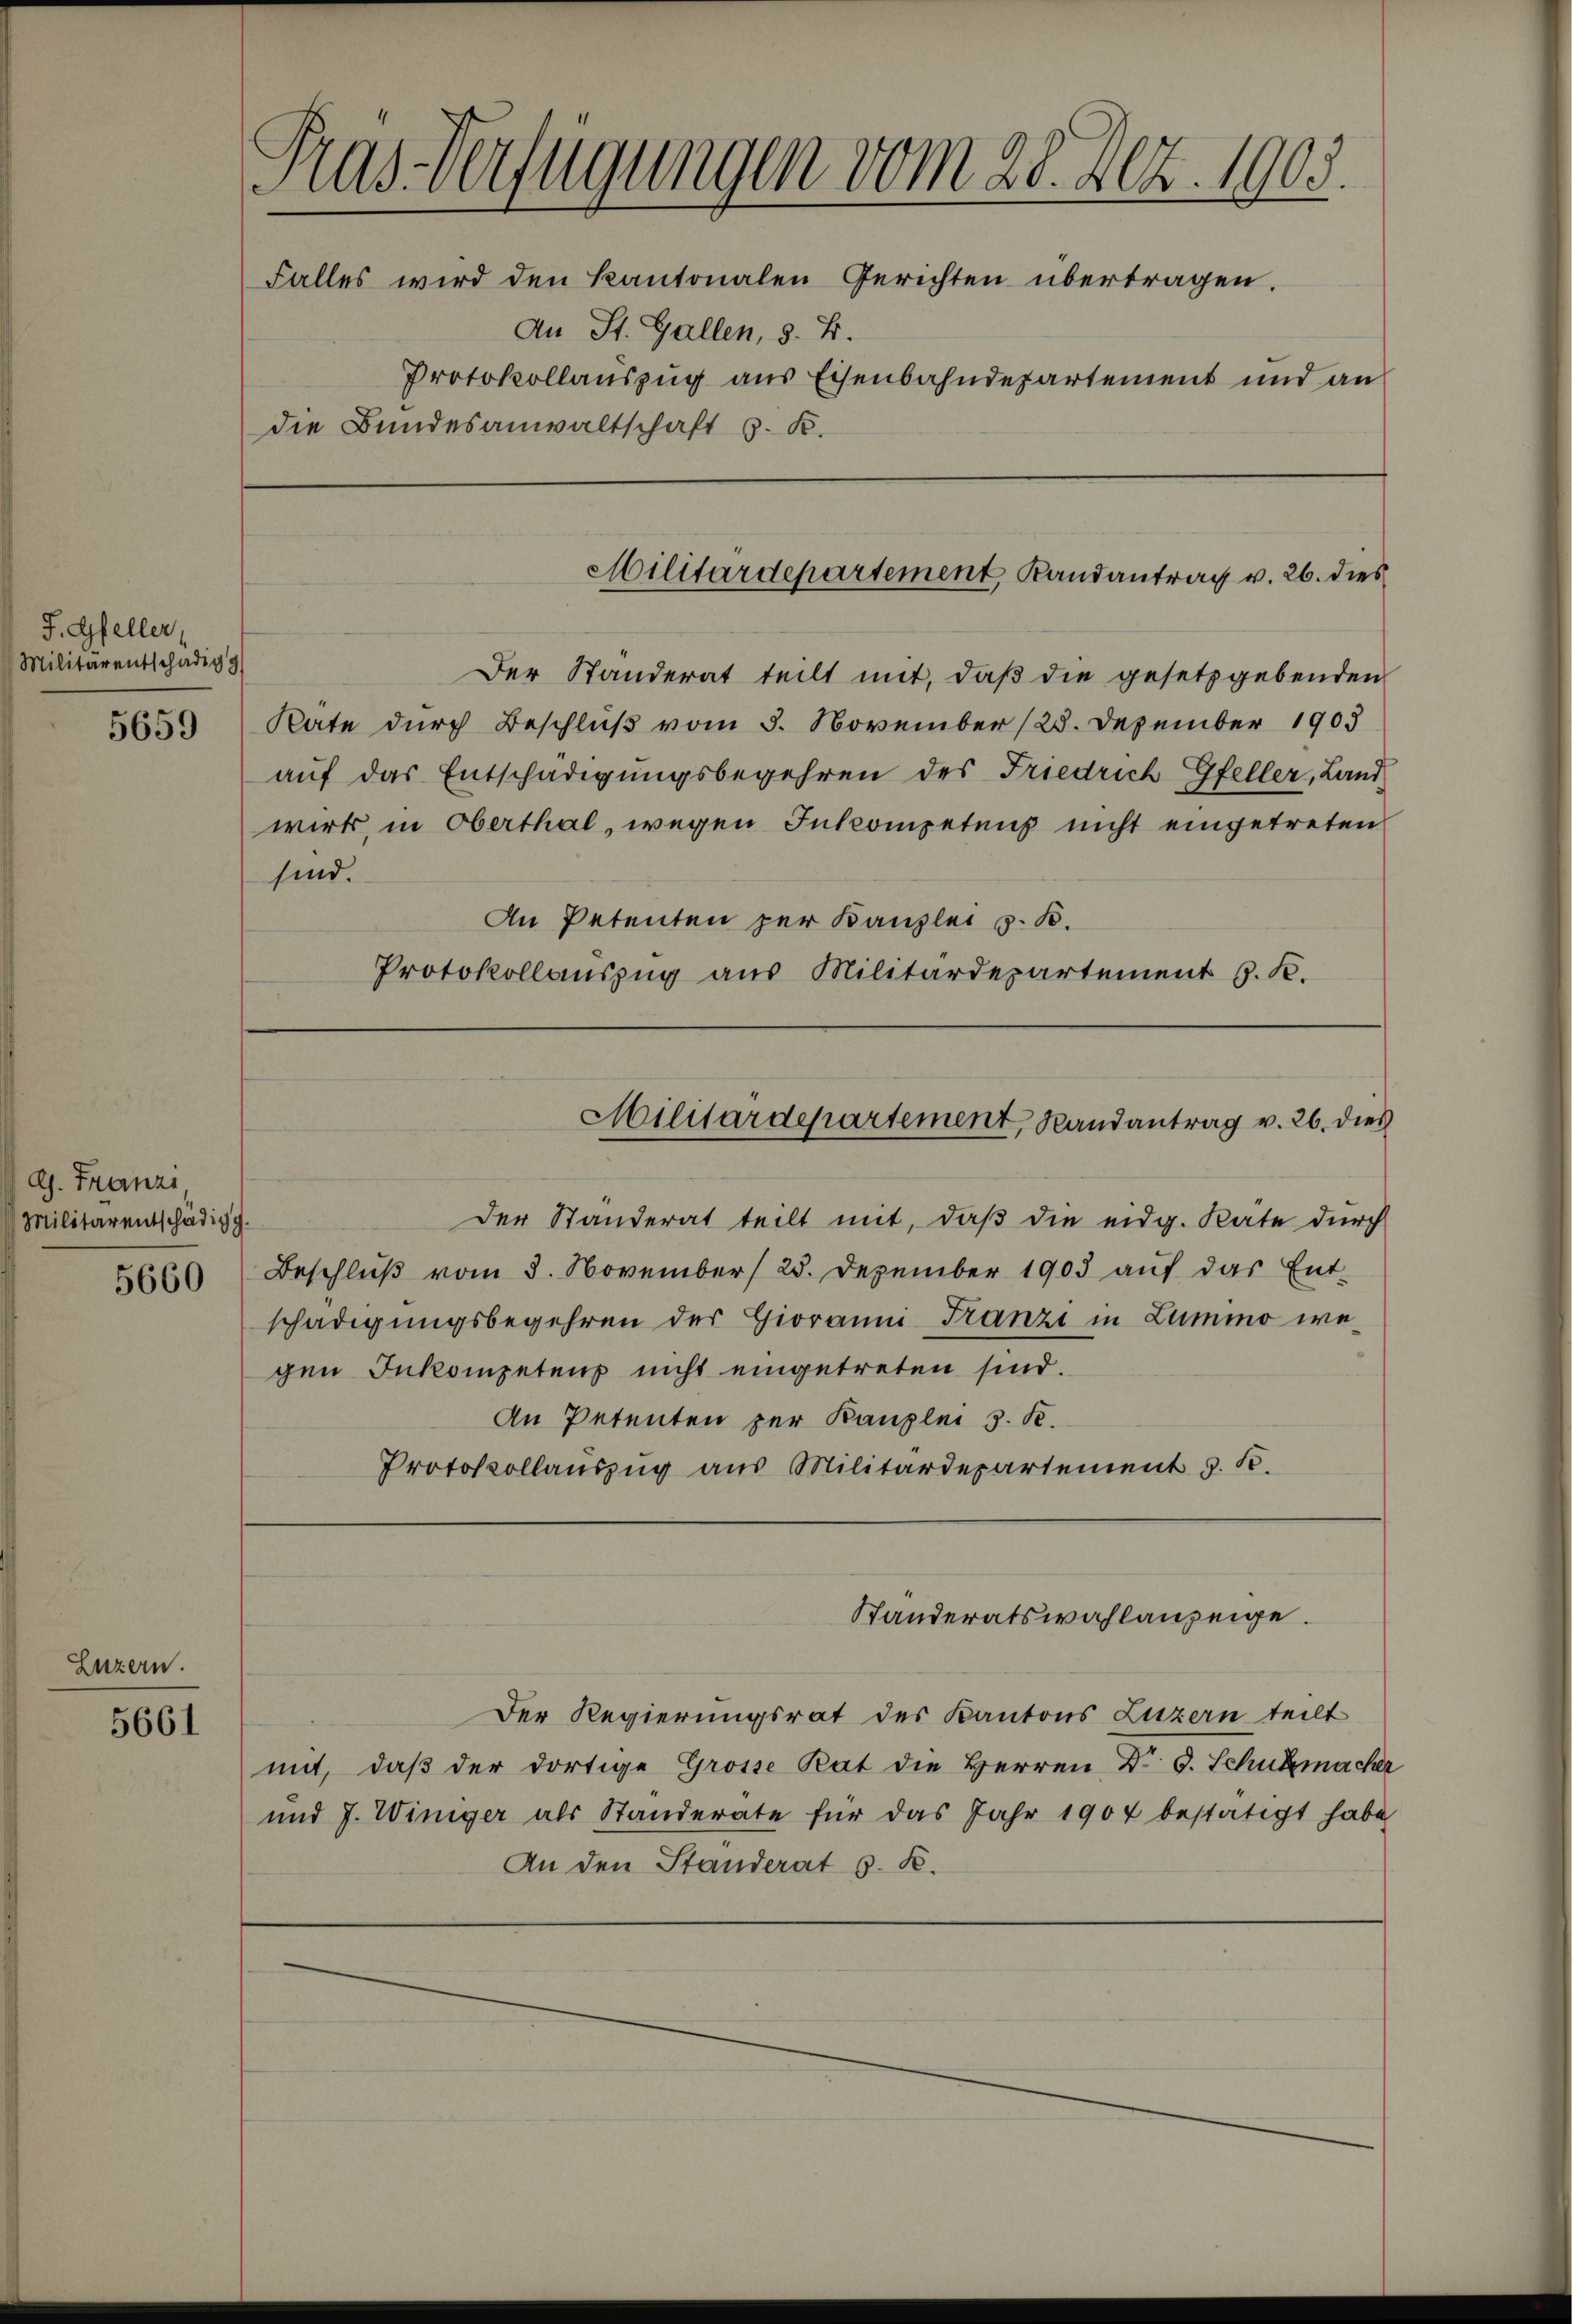
F. Gfeller,
Militärentschädig

5659

Ch. Franzi
Militärentschädigg.
5660

Luzern.

5661

Pras Verfügungen vom 28. Dez. 1903.
Falles wird den Kantonalen Gerichten übertragen.
An St. Gallen, 8. B.

Protokollauszug aus Eisenbahndepartement und an
die Bundesanwaltschaft 3. K.

Militärdepartement, Randantrag v. 26. dies

Militärdepartement, Randantrag v. 26. dies

Ständeratswahlanzeige.

Der Standerat teilt mit, daβ die gesetzgebenden
Rate durch Beschluß vom 3. November (28. Dezember 1903
auf das Entschädigungsbegehren des Friedrich Gfeller, Land
wirk, in Oberthal, wegen Inkompetens nicht eingetreten
sind.
An Petenten zur Kanzlei z. B.
Protokollauszug aus Militärdepartement J. K.

Der Standerat teilt mit, daß die eidg. Rate durch
Beschluß vom 8. November (25. Dezember 1903 auf das Ent-
schädigungsbegehren des Gioramni Franzi in Lummo wegen Inkompetens nicht eingetreten sind.
An Petenten zur Kanzlei 3. R.
Protokollauszug aus Militärdepartement z. B.

Der Regierungsrat des Kantons Luzern teilt
mit, daß der dortige Grosse Rat die Herren Dr G. Schutzmacher
und J. Winiger als Standerate für das Jahr 1904 bestätigt habe
An den Standerat S. R.